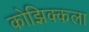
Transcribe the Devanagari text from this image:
कोझिक्कला